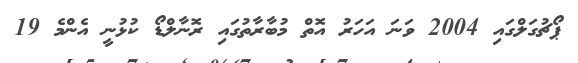
ޕޯޗުގަލްގައި 2004 ވަނަ އަހަރު އޮތް މުބާރާތުގައި ރޮނާލްޑޯ ކުޅުނީ އެންމެ 19